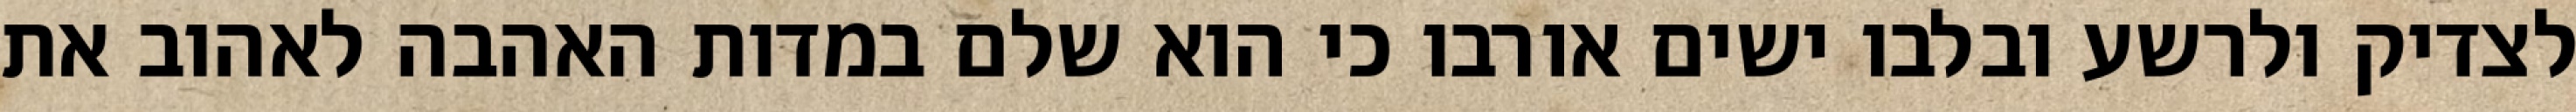
לצדיק ולרשע ובלבו ישים אורבו כי הוא שלם במדות האהבה לאהוב את